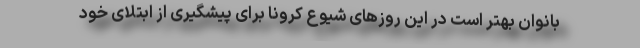
بانوان بهتر است در این روزهای شیوع کرونا برای پیشگیری از ابتلای خود